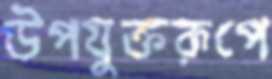
উপযুক্তরূপে